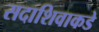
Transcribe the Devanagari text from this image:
सदाशिवाकडे